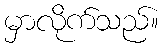
မှာလိုက်သည်။